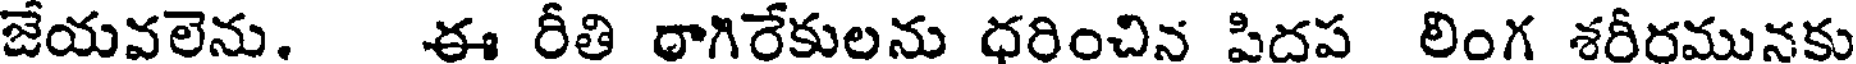
జేయవలెను. ఈ రీతి రాగిరేకులను ధరించిన పిదప లింగ శరీరమునకు